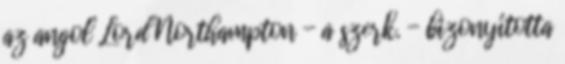
az angol Lord Northampton - a szerk. - bizonyította